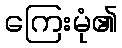
ကြေးမုံ၏